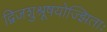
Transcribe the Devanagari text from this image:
द्विजशुश्रूषयोज्झिताः